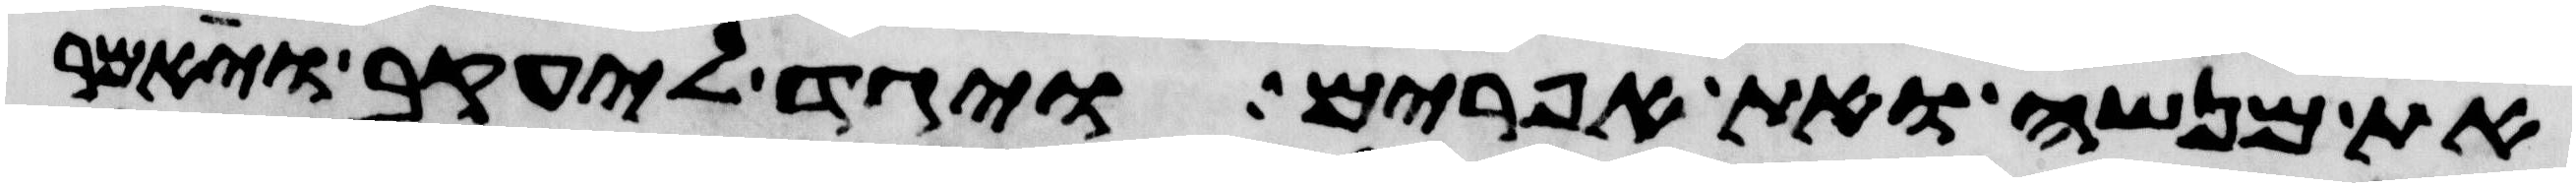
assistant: את מנשה ואת אפרים ויגד ליעקב ויאמר